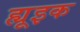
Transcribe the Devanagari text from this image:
ह्यूइक